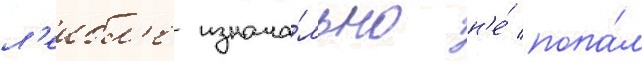
л'еибл'е изнача́льно н'е́ попа́л